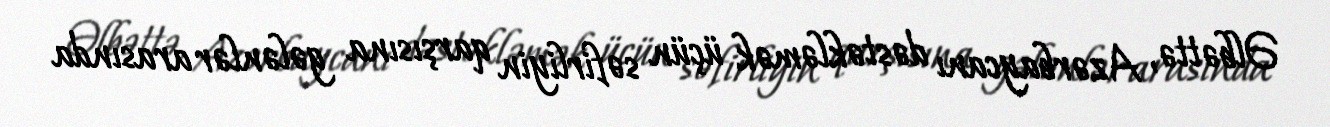
Əlbəttə, Azərbaycanı dəstəkləmək üçün səfirliyin qarşısına gələnlər arasında